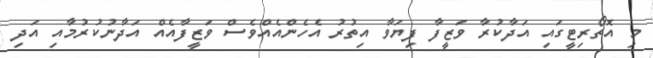
މި އޮތޯރިޓީގައި އަދާކުރާ ވަޒީފާ ފިޔަވާ އިތުރު އެހެންއެއްވެސް ވަޒީފާއެއް އަދާނުކުރުމާއި އަދި